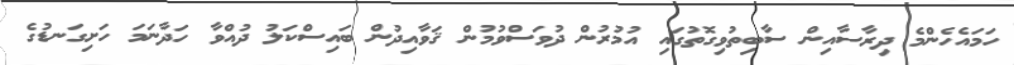
ހަމައެހެންމެ ދިރާސާއިން ސާބިތުވިގޮތުގައި އުމުރުން ދުވަސްވުމުން ޤަވާއިދުން ބައިސްކަލު ދުއްވާ ހަދާނަމަ ހަށިގަނޑުގެ